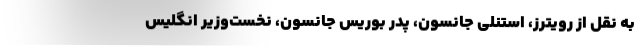
به نقل از رویترز، استنلی جانسون، پدر بوریس جانسون، نخست‌وزیر انگلیس